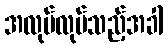
အလုပ်လုပ်သည့်အခါ